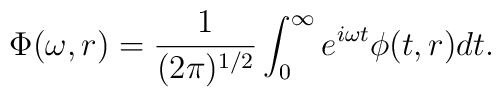
\Phi(\omega,r)=\frac{1}{(2\pi)^{1/2}}\int_{0}^{\infty}e^{i \omega t}\phi(t,r)dt.